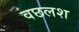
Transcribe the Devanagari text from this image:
वछलश